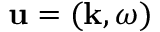
\mathbf { u } = ( \mathbf { k } , \omega )